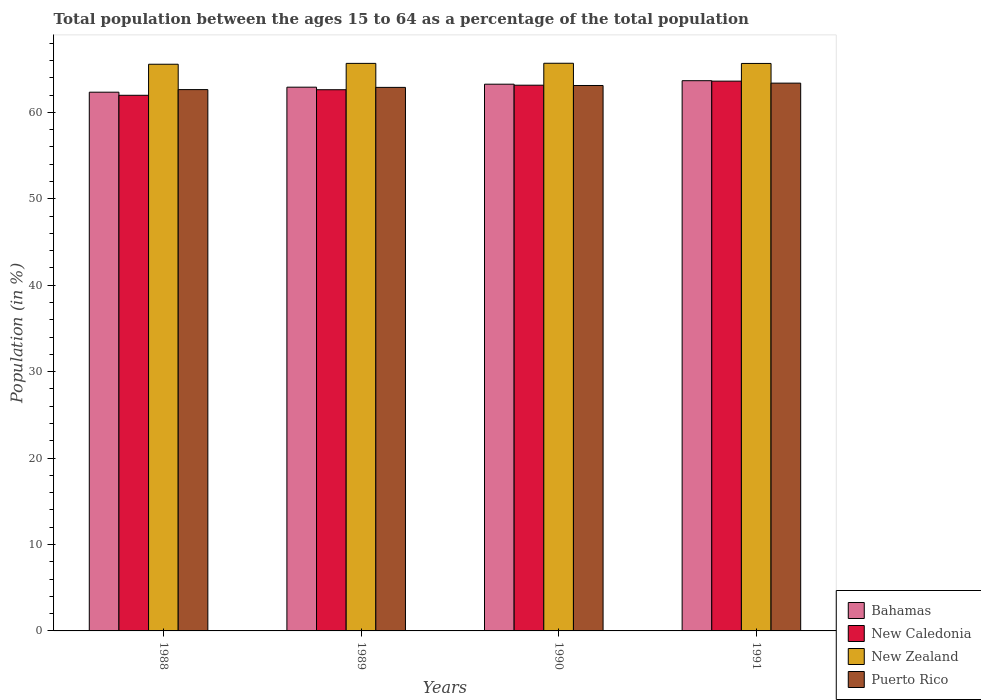
| Years | Bahamas | New Caledonia | New Zealand | Puerto Rico |
 | --- | --- | --- | --- | --- |
 | 1988 | 62.3 | 62 | 65.6 | 62.6 |
 | 1989 | 62.9 | 62.6 | 65.7 | 62.9 |
 | 1990 | 63.2 | 63.1 | 65.7 | 63.1 |
 | 1991 | 63.7 | 63.6 | 65.7 | 63.4 |